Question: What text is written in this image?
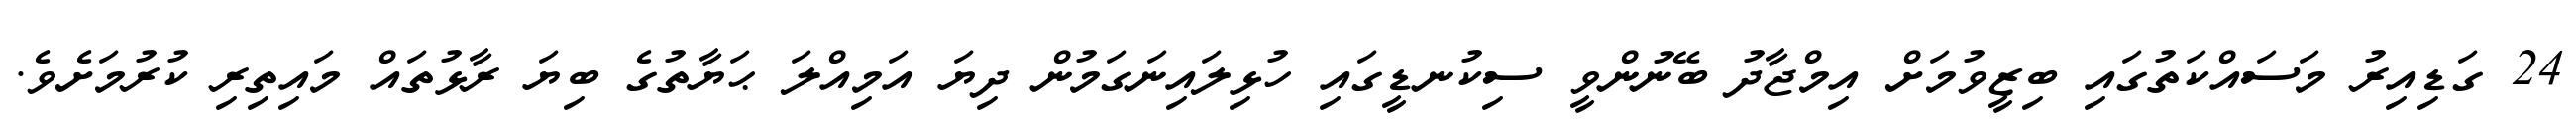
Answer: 24 ގަޑިއިރު މަސައްކަތުގައި ބިޒީވުމަށް އިމްޖާދު ބޭނުންވީ ސިކުނޑީގައި ހުޅިލައިނަގަމުން ދިޔަ އަމިއްލަ ޙަޔާތުގެ ބިޔަ ރާޅުތައް މައިތިރި ކުރުމަށެވެ.